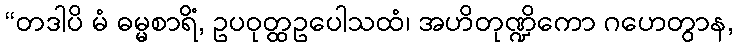
“တဒါပိ မံ ဓမ္မစာရိံ, ဥပဝုတ္ထဥပေါသထံ၊ အဟိတုဏ္ဍိကော ဂဟေတွာန,